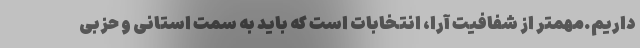
داریم.مهمتر از شفافیت آرا، انتخابات است که باید به سمت استانی و حزبی